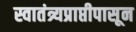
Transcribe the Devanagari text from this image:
स्वातंत्र्यप्राप्तीपासून